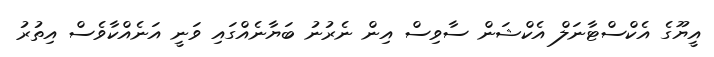
އީޔޫގެ އެކްސްޓާނަލް އެކްޝަން ސާވިސް އިން ނެރުނު ބަޔާނެއްގައި ވަނީ އަނެއްކާވެސް އިތުރު